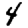
Digit: 4